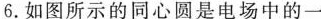
6.如图所示的同心圆是电场中的一